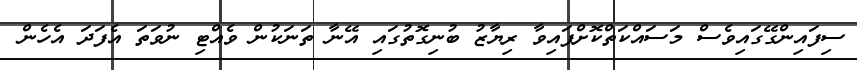
ސިފައިންގޭގައިވެސް މަސައްކަތްކޮށްފައިވާ ރިޔާޒު ބުނިގޮތުގައި އޭނާ ތަނަކުން ވެއްޓި ނުވަތަ އެފަދަ އެހެން